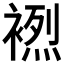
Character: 𲀼